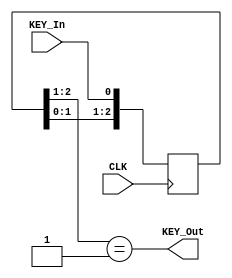
//======================================================= KeyDebounce Module ===================================
module KEY_Debounce( CLK, KEY_In, KEY_Out );//KEY_Out is posedge
	input KEY_In,CLK;
	output KEY_Out;
   reg [2:0]  buttonReg;
	 always @(posedge CLK)
		buttonReg <= {buttonReg[1:0], KEY_In};
	  assign KEY_Out = buttonReg[2:1] == 2'b01;
		  //neg_edge = button_reg[2:1] == 2'b10;
endmodule
//======================================================= SpeedModule =========================================
module SpeedRam(CLK,Speed,SpeedState,HARDMODE);
	input CLK,HARDMODE;
	output reg Speed;
	input [1:0]SpeedState;
	reg[12:0] speedCount;
	reg[11:0] hardSpeedCount;
	initial begin
		speedCount = 13'b0000000000000;
		hardSpeedCount = 12'b000000000000;
		Speed = 1'b0;
	end
	always@(posedge CLK)begin
	speedCount <= speedCount + 1'b1;
	hardSpeedCount <= hardSpeedCount + 1'b1;
		if(HARDMODE == 1'b0)begin
			if(speedCount == 13'b0000000000000&&(SpeedState == 2'b00||SpeedState == 2'b01||SpeedState==2'b10||SpeedState == 2'b11))begin
				Speed <= 1'b1;//While Speed is 1 = Trigger Time Point
			end
			else if (speedCount == 13'b1000000000000&&(SpeedState == 2'b01||SpeedState==2'b10||SpeedState == 2'b11))begin
				Speed <= 1'b1;
			end
			else if (speedCount == 13'b0100000000000&&SpeedState == 2'b11)begin
				Speed <= 1'b1;
			end
			else if (speedCount == 13'b1100000000000&&SpeedState == 2'b11)begin
				Speed <= 1'b1;
			end
			else begin
				Speed <= 1'b0;//Naturally Speed = 0
			end
		end
		else begin
			if(hardSpeedCount == 12'b000000000000&&(SpeedState == 2'b00||SpeedState == 2'b01||SpeedState==2'b10||SpeedState == 2'b11))begin
				Speed <= 1'b1;//While Speed is 1 = Trigger Time Point
			end
			else if (hardSpeedCount == 12'b100000000000&&(SpeedState == 2'b01||SpeedState==2'b10||SpeedState == 2'b11))begin
				Speed <= 1'b1;
			end
			else if (hardSpeedCount == 12'b010000000000&&SpeedState == 2'b11)begin
				Speed <= 1'b1;
			end
			else if (hardSpeedCount == 12'b110000000000&&SpeedState == 2'b11)begin
				Speed <= 1'b1;
			end
			else begin
				Speed <= 1'b0;//Naturally Speed = 0
			end
		end
	end
endmodule
//==================================================== Score Count ===================================================
module ScoreCount(CLK,SCORE,HARDMODE);//SCORE = 1 Output to count
	input CLK,HARDMODE;
	output reg SCORE;
	reg[8:0] speedCount;
	reg[7:0] hardSpeedCount;
	initial begin
		speedCount = 9'b000000000;
		hardSpeedCount = 8'b00000000;
		SCORE = 1'b0;
	end
	always@(posedge CLK)begin
	speedCount <= speedCount + 1'b1;
	hardSpeedCount <= hardSpeedCount + 1'b1;
		if(HARDMODE == 1'b0)begin
			if(speedCount == 9'b000000000)begin
				SCORE <= 1'b1;//While SCORE is 1 = Trigger Time Point
			end
			else begin
				SCORE <= 1'b0;//Naturally SCORE = 0
			end
		end
		else begin
			if(hardSpeedCount == 8'b00000000)begin
				SCORE <= 1'b1;//While SCORE is 1 = Trigger Time Point
			end
			else begin
				SCORE <= 1'b0;//Naturally SCORE = 0
			end
		end
	end
endmodule
//=============================================== Top Module ===========================================================
module DodgeGame(output reg [0:7] DATA_R, DATA_G, DATA_B,
					  output reg [3:0] COMM,
					  output reg [6:0] SegDisplay,
					  output reg [3:0] SegCOM,
					  input CLK,LEFT,RIGHT,MIDDLE,RESET,HARDMODE,  
					  output  pos_edge, neg_edge,Speed1,Speed2,Speed3,Speed4,Speed5,Speed6,Speed7,Speed8,SCORE,
					  output reg GameOver,
					  output reg [4:0] ammo
					  );

	//Top Module Initialization
	wire LEFTEDGE,MIDDLEEDGE,RIGHTEDGE,RESETEDGE;
	parameter LEFTLIMIT = 3'b000, RIGHTLIMIT = 3'b111;
	reg [2:0]Position,ObsVecPosition1,ObsVecPosition2,ObsVecPosition3,ObsVecPosition4,
				ObsVecPosition5,ObsVecPosition6,ObsVecPosition7,ObsVecPosition8;
	reg      Hit1,Hit2,Hit3,Hit4,Hit5,Hit6,Hit7,Hit8;
	reg[1:0] SpeedState1,SpeedState2,SpeedState3,SpeedState4,SpeedState5,SpeedState6,SpeedState7,SpeedState8;
	reg[3:0] Count;
	reg[3:0] ScoreDigit1,ScoreDigit2,ScoreDigit3,ScoreDigit4;
	
	initial
		begin
		DATA_R <= 8'b11111111; //0 is top, 7 is bottom
		DATA_G <= 8'b11111110;
		DATA_B <= 8'b11111111;
		
		ammo <= 5'b 11111;
		Hit1 <= 1'b0;Hit2<= 1'b0;Hit3<= 1'b0;Hit4<= 1'b0;Hit5<= 1'b0;Hit6<= 1'b0;Hit7<= 1'b0;Hit8<= 1'b0;
		GameOver <= 1'b0;
		Position <= 3'b100;
		
		ScoreDigit1 <= 4'b0000; ScoreDigit2 <= 4'b0000;
		ScoreDigit3 <= 4'b0000; ScoreDigit4 <= 4'b0000;
		
		SegDisplay <= 7'b0000001;
		SegCOM <= 4'b1110; //0 is current 7segment Displayer || Rightmost is LowerDigit
		
		ObsVecPosition1 <= 3'b000; ObsVecPosition2 <= 3'b000; ObsVecPosition3 <= 3'b000; ObsVecPosition4 <= 3'b000;
		ObsVecPosition5 <= 3'b000; ObsVecPosition6 <= 3'b000; ObsVecPosition7 <= 3'b000; ObsVecPosition8 <= 3'b000;
		
		SpeedState1 <= 2'b00;SpeedState2 <= 2'b01;SpeedState3 <= 2'b00;SpeedState4 <= 2'b10;
		SpeedState5 <= 2'b10;SpeedState6 <= 2'b01;SpeedState7 <= 2'b11;SpeedState8 <= 2'b11;
		COMM <= 4'b1011;
		end
	//27 = EN S2 S1 S0 = Code of colum instance
	//000 col 1
	//001 col 2
	//010 col 3
	//011 col 4
	//100 col 5
	//101 col 6
	//110 col 7
	//111 col 8
	//=================================================== Displaying LEDS ==============================================================
	always @(posedge CLK)
		begin
		if(RESETEDGE == 1'b0)begin
			if(GameOver == 1'b1)begin
				if(Count == 4'b0001)begin
					COMM <= 4'b1000;DATA_R <= 8'b01111110;DATA_G <= 8'b11111111;DATA_B <= 8'b11111111;
					case({ScoreDigit1} ) //AfterGame Score Display Digit 1
					4'b0000:begin SegCOM <= 4'b1110;SegDisplay <= 7'b0000001; end
					4'b0001:begin SegCOM <= 4'b1110;SegDisplay <= 7'b1001111; end
					4'b0010:begin SegCOM <= 4'b1110;SegDisplay <= 7'b0010010; end
					4'b0011:begin SegCOM <= 4'b1110;SegDisplay <= 7'b0000110; end
					4'b0100:begin SegCOM <= 4'b1110;SegDisplay <= 7'b1001100; end
					4'b0101:begin SegCOM <= 4'b1110;SegDisplay <= 7'b0100100; end
					4'b0110:begin SegCOM <= 4'b1110;SegDisplay <= 7'b0100000; end
					4'b0111:begin SegCOM <= 4'b1110;SegDisplay <= 7'b0001111; end
					4'b1000:begin SegCOM <= 4'b1110;SegDisplay <= 7'b0000000; end
					4'b1001:begin SegCOM <= 4'b1110;SegDisplay <= 7'b0000100; end
					default:begin SegCOM <= 4'b1110;SegDisplay <= 7'b0000001; end
					endcase
				end
				else if(Count == 4'b0010)begin
					COMM <= 4'b1001;DATA_R <= 8'b10111101;DATA_G <= 8'b11111111;DATA_B <= 8'b11111111;
					case({ScoreDigit2} ) //AfterGame Score Display Digit 2
					4'b0000:begin SegCOM <= 4'b1101;SegDisplay <= 7'b0000001; end
					4'b0001:begin SegCOM <= 4'b1101;SegDisplay <= 7'b1001111; end
					4'b0010:begin SegCOM <= 4'b1101;SegDisplay <= 7'b0010010; end
					4'b0011:begin SegCOM <= 4'b1101;SegDisplay <= 7'b0000110; end
					4'b0100:begin SegCOM <= 4'b1101;SegDisplay <= 7'b1001100; end
					4'b0101:begin SegCOM <= 4'b1101;SegDisplay <= 7'b0100100; end
					4'b0110:begin SegCOM <= 4'b1101;SegDisplay <= 7'b0100000; end
					4'b0111:begin SegCOM <= 4'b1101;SegDisplay <= 7'b0001111; end
					4'b1000:begin SegCOM <= 4'b1101;SegDisplay <= 7'b0000000; end
					4'b1001:begin SegCOM <= 4'b1101;SegDisplay <= 7'b0000100; end
					default:begin SegCOM <= 4'b1101;SegDisplay <= 7'b0000001; end
					endcase
				end
				else if(Count == 4'b0011)begin
					COMM <= 4'b1010;DATA_R <= 8'b11011011;DATA_G <= 8'b11111111;DATA_B <= 8'b11111111;
					case({ScoreDigit3} ) //AfterGame Score Display Digit 3
					4'b0000:begin SegCOM <= 4'b1011;SegDisplay <= 7'b0000001; end
					4'b0001:begin SegCOM <= 4'b1011;SegDisplay <= 7'b1001111; end
					4'b0010:begin SegCOM <= 4'b1011;SegDisplay <= 7'b0010010; end
					4'b0011:begin SegCOM <= 4'b1011;SegDisplay <= 7'b0000110; end
					4'b0100:begin SegCOM <= 4'b1011;SegDisplay <= 7'b1001100; end
					4'b0101:begin SegCOM <= 4'b1011;SegDisplay <= 7'b0100100; end
					4'b0110:begin SegCOM <= 4'b1011;SegDisplay <= 7'b0100000; end
					4'b0111:begin SegCOM <= 4'b1011;SegDisplay <= 7'b0001111; end
					4'b1000:begin SegCOM <= 4'b1011;SegDisplay <= 7'b0000000; end
					4'b1001:begin SegCOM <= 4'b1011;SegDisplay <= 7'b0000100; end
					default:begin SegCOM <= 4'b1011;SegDisplay <= 7'b0000001; end
					endcase
				end
				else if(Count == 4'b0100)begin
					COMM <= 4'b1011;DATA_R <= 8'b11100111;DATA_G <= 8'b11111111;DATA_B <= 8'b11111111;
					case({ScoreDigit4} ) //AfterGame Score Display Digit 4
					4'b0000:begin SegCOM <= 4'b0111;SegDisplay <= 7'b0000001; end
					4'b0001:begin SegCOM <= 4'b0111;SegDisplay <= 7'b1001111; end
					4'b0010:begin SegCOM <= 4'b0111;SegDisplay <= 7'b0010010; end
					4'b0011:begin SegCOM <= 4'b0111;SegDisplay <= 7'b0000110; end
					4'b0100:begin SegCOM <= 4'b0111;SegDisplay <= 7'b1001100; end
					4'b0101:begin SegCOM <= 4'b0111;SegDisplay <= 7'b0100100; end
					4'b0110:begin SegCOM <= 4'b0111;SegDisplay <= 7'b0100000; end
					4'b0111:begin SegCOM <= 4'b0111;SegDisplay <= 7'b0001111; end
					4'b1000:begin SegCOM <= 4'b0111;SegDisplay <= 7'b0000000; end
					4'b1001:begin SegCOM <= 4'b0111;SegDisplay <= 7'b0000100; end
					default:begin SegCOM <= 4'b0111;SegDisplay <= 7'b0000001; end
					endcase
				end
				else if(Count == 4'b0101)begin
					COMM <= 4'b1100;DATA_R <= 8'b11100111;DATA_G <= 8'b11111111;DATA_B <= 8'b11111111;
				end
				else if(Count == 4'b0110)begin
					COMM <= 4'b1101;DATA_R <= 8'b11011011;DATA_G <= 8'b11111111;DATA_B <= 8'b11111111;
				end
				else if(Count == 4'b0111)begin
					COMM <= 4'b1110;DATA_R <= 8'b01011101;DATA_G <= 8'b11111111;DATA_B <= 8'b11111111;
				end
				else if(Count == 4'b1000)begin
					COMM <= 4'b1111;DATA_R <= 8'b01111110;DATA_G <= 8'b11111111;DATA_B <= 8'b11111111;
				end
			end
			else if(Count == 4'b0001)begin
				case({Position} ) //Player Position && ScoreDigit1
					3'b000:begin COMM <= 4'b1000;DATA_G <= 8'b11111111;DATA_R <= 8'b11111110; end
					3'b001:begin COMM <= 4'b1001;DATA_G <= 8'b11111111;DATA_R <= 8'b11111110; end
					3'b010:begin COMM <= 4'b1010;DATA_G <= 8'b11111111;DATA_R <= 8'b11111110; end
					3'b011:begin COMM <= 4'b1011;DATA_G <= 8'b11111111;DATA_R <= 8'b11111110; end
					3'b100:begin COMM <= 4'b1100;DATA_G <= 8'b11111111;DATA_R <= 8'b11111110; end
					3'b101:begin COMM <= 4'b1101;DATA_G <= 8'b11111111;DATA_R <= 8'b11111110; end
					3'b110:begin COMM <= 4'b1110;DATA_G <= 8'b11111111;DATA_R <= 8'b11111110; end
					3'b111:begin COMM <= 4'b1111;DATA_G <= 8'b11111111;DATA_R <= 8'b11111110; end
					default:COMM = COMM;
				endcase
				case({ScoreDigit1} )
					4'b0000:begin SegCOM <= 4'b1110;SegDisplay <= 7'b0000001; end
					4'b0001:begin SegCOM <= 4'b1110;SegDisplay <= 7'b1001111; end
					4'b0010:begin SegCOM <= 4'b1110;SegDisplay <= 7'b0010010; end
					4'b0011:begin SegCOM <= 4'b1110;SegDisplay <= 7'b0000110; end
					4'b0100:begin SegCOM <= 4'b1110;SegDisplay <= 7'b1001100; end
					4'b0101:begin SegCOM <= 4'b1110;SegDisplay <= 7'b0100100; end
					4'b0110:begin SegCOM <= 4'b1110;SegDisplay <= 7'b0100000; end
					4'b0111:begin SegCOM <= 4'b1110;SegDisplay <= 7'b0001111; end
					4'b1000:begin SegCOM <= 4'b1110;SegDisplay <= 7'b0000000; end
					4'b1001:begin SegCOM <= 4'b1110;SegDisplay <= 7'b0000100; end
					default:SegCOM = SegCOM;
				endcase
			end
			else if(Count == 4'b0010)begin
				case({ObsVecPosition1} ) //RedDot 1 position && ScoreDigit2
					3'b000:begin COMM <= 4'b1000;DATA_R <= 8'b11111111;DATA_G <= 8'b01111111; end
					3'b001:begin COMM <= 4'b1000;DATA_R <= 8'b11111111;DATA_G <= 8'b10111111; end
					3'b010:begin COMM <= 4'b1000;DATA_R <= 8'b11111111;DATA_G <= 8'b11011111; end
					3'b011:begin COMM <= 4'b1000;DATA_R <= 8'b11111111;DATA_G <= 8'b11101111; end
					3'b100:begin COMM <= 4'b1000;DATA_R <= 8'b11111111;DATA_G <= 8'b11110111; end
					3'b101:begin COMM <= 4'b1000;DATA_R <= 8'b11111111;DATA_G <= 8'b11111011; end
					3'b110:begin COMM <= 4'b1000;DATA_R <= 8'b11111111;DATA_G <= 8'b11111101; end
					3'b111:begin COMM <= 4'b1000;DATA_R <= 8'b11111111;DATA_G <= 8'b11111110; end
					default:COMM = COMM;
				endcase
				case({ScoreDigit2} )
					4'b0000:begin SegCOM <= 4'b1101;SegDisplay <= 7'b0000001; end
					4'b0001:begin SegCOM <= 4'b1101;SegDisplay <= 7'b1001111; end
					4'b0010:begin SegCOM <= 4'b1101;SegDisplay <= 7'b0010010; end
					4'b0011:begin SegCOM <= 4'b1101;SegDisplay <= 7'b0000110; end
					4'b0100:begin SegCOM <= 4'b1101;SegDisplay <= 7'b1001100; end
					4'b0101:begin SegCOM <= 4'b1101;SegDisplay <= 7'b0100100; end
					4'b0110:begin SegCOM <= 4'b1101;SegDisplay <= 7'b0100000; end
					4'b0111:begin SegCOM <= 4'b1101;SegDisplay <= 7'b0001111; end
					4'b1000:begin SegCOM <= 4'b1101;SegDisplay <= 7'b0000000; end
					4'b1001:begin SegCOM <= 4'b1101;SegDisplay <= 7'b0000100; end
					default:SegCOM = SegCOM;
				endcase
			end
			else if(Count == 4'b0011)begin
				case({ObsVecPosition2} ) //RedDot 2 position && ScoreDigit3
					3'b000:begin COMM <= 4'b1001;DATA_R <= 8'b11111111;DATA_G <= 8'b01111111; end
					3'b001:begin COMM <= 4'b1001;DATA_R <= 8'b11111111;DATA_G <= 8'b10111111; end
					3'b010:begin COMM <= 4'b1001;DATA_R <= 8'b11111111;DATA_G <= 8'b11011111; end
					3'b011:begin COMM <= 4'b1001;DATA_R <= 8'b11111111;DATA_G <= 8'b11101111; end
					3'b100:begin COMM <= 4'b1001;DATA_R <= 8'b11111111;DATA_G <= 8'b11110111; end
					3'b101:begin COMM <= 4'b1001;DATA_R <= 8'b11111111;DATA_G <= 8'b11111011; end
					3'b110:begin COMM <= 4'b1001;DATA_R <= 8'b11111111;DATA_G <= 8'b11111101; end
					3'b111:begin COMM <= 4'b1001;DATA_R <= 8'b11111111;DATA_G <= 8'b11111110; end
					default:COMM = COMM;
				endcase
				case({ScoreDigit3} )
					4'b0000:begin SegCOM <= 4'b1011;SegDisplay <= 7'b0000001; end
					4'b0001:begin SegCOM <= 4'b1011;SegDisplay <= 7'b1001111; end
					4'b0010:begin SegCOM <= 4'b1011;SegDisplay <= 7'b0010010; end
					4'b0011:begin SegCOM <= 4'b1011;SegDisplay <= 7'b0000110; end
					4'b0100:begin SegCOM <= 4'b1011;SegDisplay <= 7'b1001100; end
					4'b0101:begin SegCOM <= 4'b1011;SegDisplay <= 7'b0100100; end
					4'b0110:begin SegCOM <= 4'b1011;SegDisplay <= 7'b0100000; end
					4'b0111:begin SegCOM <= 4'b1011;SegDisplay <= 7'b0001111; end
					4'b1000:begin SegCOM <= 4'b1011;SegDisplay <= 7'b0000000; end
					4'b1001:begin SegCOM <= 4'b1011;SegDisplay <= 7'b0000100; end
					default:SegCOM = SegCOM;
				endcase
			end
			else if(Count == 4'b0100)begin
				case({ObsVecPosition3} ) //RedDot 3 position && ScoreDigit4
					3'b000:begin COMM <= 4'b1010;DATA_R <= 8'b11111111;DATA_G <= 8'b01111111; end
					3'b001:begin COMM <= 4'b1010;DATA_R <= 8'b11111111;DATA_G <= 8'b10111111; end
					3'b010:begin COMM <= 4'b1010;DATA_R <= 8'b11111111;DATA_G <= 8'b11011111; end
					3'b011:begin COMM <= 4'b1010;DATA_R <= 8'b11111111;DATA_G <= 8'b11101111; end
					3'b100:begin COMM <= 4'b1010;DATA_R <= 8'b11111111;DATA_G <= 8'b11110111; end
					3'b101:begin COMM <= 4'b1010;DATA_R <= 8'b11111111;DATA_G <= 8'b11111011; end
					3'b110:begin COMM <= 4'b1010;DATA_R <= 8'b11111111;DATA_G <= 8'b11111101; end
					3'b111:begin COMM <= 4'b1010;DATA_R <= 8'b11111111;DATA_G <= 8'b11111110; end
					default:COMM = COMM;
				endcase
				case({ScoreDigit4} )
					4'b0000:begin SegCOM <= 4'b0111;SegDisplay <= 7'b0000001; end
					4'b0001:begin SegCOM <= 4'b0111;SegDisplay <= 7'b1001111; end
					4'b0010:begin SegCOM <= 4'b0111;SegDisplay <= 7'b0010010; end
					4'b0011:begin SegCOM <= 4'b0111;SegDisplay <= 7'b0000110; end
					4'b0100:begin SegCOM <= 4'b0111;SegDisplay <= 7'b1001100; end
					4'b0101:begin SegCOM <= 4'b0111;SegDisplay <= 7'b0100100; end
					4'b0110:begin SegCOM <= 4'b0111;SegDisplay <= 7'b0100000; end
					4'b0111:begin SegCOM <= 4'b0111;SegDisplay <= 7'b0001111; end
					4'b1000:begin SegCOM <= 4'b0111;SegDisplay <= 7'b0000000; end
					4'b1001:begin SegCOM <= 4'b0111;SegDisplay <= 7'b0000100; end
					default:SegCOM = SegCOM;
				endcase
			end
			else if(Count == 4'b0101)begin
				case({ObsVecPosition4} ) //RedDot 4 position
					3'b000:begin COMM <= 4'b1011;DATA_R <= 8'b11111111;DATA_G <= 8'b01111111; end
					3'b001:begin COMM <= 4'b1011;DATA_R <= 8'b11111111;DATA_G <= 8'b10111111; end
					3'b010:begin COMM <= 4'b1011;DATA_R <= 8'b11111111;DATA_G <= 8'b11011111; end
					3'b011:begin COMM <= 4'b1011;DATA_R <= 8'b11111111;DATA_G <= 8'b11101111; end
					3'b100:begin COMM <= 4'b1011;DATA_R <= 8'b11111111;DATA_G <= 8'b11110111; end
					3'b101:begin COMM <= 4'b1011;DATA_R <= 8'b11111111;DATA_G <= 8'b11111011; end
					3'b110:begin COMM <= 4'b1011;DATA_R <= 8'b11111111;DATA_G <= 8'b11111101; end
					3'b111:begin COMM <= 4'b1011;DATA_R <= 8'b11111111;DATA_G <= 8'b11111110; end
					default:COMM = COMM;
				endcase
			end
			else if(Count == 4'b0110)begin
				case({ObsVecPosition5} ) //RedDot 5 position
					3'b000:begin COMM <= 4'b1100;DATA_R <= 8'b11111111;DATA_G <= 8'b01111111; end
					3'b001:begin COMM <= 4'b1100;DATA_R <= 8'b11111111;DATA_G <= 8'b10111111; end
					3'b010:begin COMM <= 4'b1100;DATA_R <= 8'b11111111;DATA_G <= 8'b11011111; end
					3'b011:begin COMM <= 4'b1100;DATA_R <= 8'b11111111;DATA_G <= 8'b11101111; end
					3'b100:begin COMM <= 4'b1100;DATA_R <= 8'b11111111;DATA_G <= 8'b11110111; end
					3'b101:begin COMM <= 4'b1100;DATA_R <= 8'b11111111;DATA_G <= 8'b11111011; end
					3'b110:begin COMM <= 4'b1100;DATA_R <= 8'b11111111;DATA_G <= 8'b11111101; end
					3'b111:begin COMM <= 4'b1100;DATA_R <= 8'b11111111;DATA_G <= 8'b11111110; end
					default:COMM = COMM;
				endcase
			end
			else if(Count == 4'b0111)begin
				case({ObsVecPosition6} ) //RedDot 6 position
					3'b000:begin COMM <= 4'b1101;DATA_R <= 8'b11111111;DATA_G <= 8'b01111111; end
					3'b001:begin COMM <= 4'b1101;DATA_R <= 8'b11111111;DATA_G <= 8'b10111111; end
					3'b010:begin COMM <= 4'b1101;DATA_R <= 8'b11111111;DATA_G <= 8'b11011111; end
					3'b011:begin COMM <= 4'b1101;DATA_R <= 8'b11111111;DATA_G <= 8'b11101111; end
					3'b100:begin COMM <= 4'b1101;DATA_R <= 8'b11111111;DATA_G <= 8'b11110111; end
					3'b101:begin COMM <= 4'b1101;DATA_R <= 8'b11111111;DATA_G <= 8'b11111011; end
					3'b110:begin COMM <= 4'b1101;DATA_R <= 8'b11111111;DATA_G <= 8'b11111101; end
					3'b111:begin COMM <= 4'b1101;DATA_R <= 8'b11111111;DATA_G <= 8'b11111110; end
					default:COMM = COMM;
				endcase
			end
			else if(Count == 4'b1000)begin
				case({ObsVecPosition7} ) //RedDot 7 position
					3'b000:begin COMM <= 4'b1110;DATA_R <= 8'b11111111;DATA_G <= 8'b01111111; end
					3'b001:begin COMM <= 4'b1110;DATA_R <= 8'b11111111;DATA_G <= 8'b10111111; end
					3'b010:begin COMM <= 4'b1110;DATA_R <= 8'b11111111;DATA_G <= 8'b11011111; end
					3'b011:begin COMM <= 4'b1110;DATA_R <= 8'b11111111;DATA_G <= 8'b11101111; end
					3'b100:begin COMM <= 4'b1110;DATA_R <= 8'b11111111;DATA_G <= 8'b11110111; end
					3'b101:begin COMM <= 4'b1110;DATA_R <= 8'b11111111;DATA_G <= 8'b11111011; end
					3'b110:begin COMM <= 4'b1110;DATA_R <= 8'b11111111;DATA_G <= 8'b11111101; end
					3'b111:begin COMM <= 4'b1110;DATA_R <= 8'b11111111;DATA_G <= 8'b11111110; end
					default:COMM = COMM;
				endcase
			end
			else if(Count == 4'b1001)begin
				case({ObsVecPosition8} ) //RedDot 8 position
					3'b000:begin COMM <= 4'b1111;DATA_R <= 8'b11111111;DATA_G <= 8'b01111111; end
					3'b001:begin COMM <= 4'b1111;DATA_R <= 8'b11111111;DATA_G <= 8'b10111111; end
					3'b010:begin COMM <= 4'b1111;DATA_R <= 8'b11111111;DATA_G <= 8'b11011111; end
					3'b011:begin COMM <= 4'b1111;DATA_R <= 8'b11111111;DATA_G <= 8'b11101111; end
					3'b100:begin COMM <= 4'b1111;DATA_R <= 8'b11111111;DATA_G <= 8'b11110111; end
					3'b101:begin COMM <= 4'b1111;DATA_R <= 8'b11111111;DATA_G <= 8'b11111011; end
					3'b110:begin COMM <= 4'b1111;DATA_R <= 8'b11111111;DATA_G <= 8'b11111101; end
					3'b111:begin COMM <= 4'b1111;DATA_R <= 8'b11111111;DATA_G <= 8'b11111110; end
					default:COMM = COMM;
				endcase
			end
		end
		else begin
			DATA_R <= 8'b11111111; //0 is top, 7 is bottom
			DATA_G <= 8'b11111110;
			DATA_B <= 8'b11111111;
		
			SegDisplay <= 7'b0000001;
			SegCOM <= 4'b1110; //0 is current 7segment Displayer || Rightmost is LowerDigit
			COMM <= 4'b1011;
		end
		end
//======================================Create a frequcy to Display======================================
		always @(posedge CLK)begin
			if(Count == 4'b1111)begin  //Sequcially display player,obstacle...
				Count <= 4'b0000;
			end
			else begin
				Count <= Count + 1'b1;
			end
		end
//========================================== Calling Modules =================================================
	KEY_Debounce DebLeft(.CLK(CLK),.KEY_In(LEFT),.KEY_Out(LEFTEDGE));
	KEY_Debounce DebRight(.CLK(CLK),.KEY_In(RIGHT),.KEY_Out(RIGHTEDGE));
	KEY_Debounce DebMiddle(.CLK(CLK),.KEY_In(MIDDLE),.KEY_Out(MIDDLEEDGE));	
	KEY_Debounce DebReset(.CLK(CLK),.KEY_In(RESET),.KEY_Out(RESETEDGE));	
	SpeedRam SpeedRam1(.CLK(CLK),.Speed(Speed1),.SpeedState(SpeedState1),.HARDMODE(HARDMODE));
	SpeedRam SpeedRam2(.CLK(CLK),.Speed(Speed2),.SpeedState(SpeedState2),.HARDMODE(HARDMODE));
	SpeedRam SpeedRam3(.CLK(CLK),.Speed(Speed3),.SpeedState(SpeedState3),.HARDMODE(HARDMODE));
	SpeedRam SpeedRam4(.CLK(CLK),.Speed(Speed4),.SpeedState(SpeedState4),.HARDMODE(HARDMODE));
	SpeedRam SpeedRam5(.CLK(CLK),.Speed(Speed5),.SpeedState(SpeedState5),.HARDMODE(HARDMODE));
	SpeedRam SpeedRam6(.CLK(CLK),.Speed(Speed6),.SpeedState(SpeedState6),.HARDMODE(HARDMODE));
	SpeedRam SpeedRam7(.CLK(CLK),.Speed(Speed7),.SpeedState(SpeedState7),.HARDMODE(HARDMODE));
	SpeedRam SpeedRam8(.CLK(CLK),.Speed(Speed8),.SpeedState(SpeedState8),.HARDMODE(HARDMODE));
	ScoreCount ScoreCountMod(.CLK(CLK),.HARDMODE(HARDMODE),.SCORE(SCORE));

//============================================Obstacle Movement=====================================================================
	always @(posedge CLK) begin
	if(RESETEDGE == 1'b0)begin
	//============================================== ScoreCounting ========================================================
		if(GameOver == 1'b0)begin
		if(SCORE == 1'b1 && HARDMODE == 1'b0)begin
			if(ScoreDigit1 != 4'b 1001)begin
				ScoreDigit1 <= ScoreDigit1 + 1'b1; //Adding Score 1
			end
			else begin
				ScoreDigit1 <= 4'b0000;
				if(ScoreDigit2 != 4'b 1001)begin
					ScoreDigit2 <= ScoreDigit2 + 1'b1;
				end
				else begin
					ScoreDigit2<= 4'b0000;
					if(ScoreDigit3 != 4'b 1001)begin
						ScoreDigit3 <= ScoreDigit3 + 1'b1;
					end
					else begin
						ScoreDigit3<= 4'b0000;
						if(ScoreDigit4 != 4'b 1001)begin
							ScoreDigit4 <= ScoreDigit4 + 1'b1;
						end
						else begin
							GameOver <= 1'b1;
						end
					end
				end
			end
	end
		else if(SCORE == 1'b1 && HARDMODE == 1'b1)begin
		ScoreDigit1 <= ScoreDigit1 + 2'b11; //Adding Score 3
			if(ScoreDigit1 == 4'b1010)begin
				ScoreDigit1 <= 4'b0000;
				if(ScoreDigit2 != 4'b 1001)begin
					ScoreDigit2 <= ScoreDigit2 + 1'b1;
				end
				else begin
					ScoreDigit2<= 4'b0000;
					if(ScoreDigit3 != 4'b 1001)begin
						ScoreDigit3 <= ScoreDigit3 + 1'b1;
					end
					else begin
						ScoreDigit3<= 4'b0000;
						if(ScoreDigit4 != 4'b 1001)begin
							ScoreDigit4 <= ScoreDigit4 + 1'b1;
						end
						else begin
							GameOver <= 1'b1;
						end
					end
				end
			end
			else if(ScoreDigit1 == 4'b1011)begin
				ScoreDigit1 <= 4'b0001;
				if(ScoreDigit2 != 4'b 1001)begin
					ScoreDigit2 <= ScoreDigit2 + 1'b1;
				end
				else begin
					ScoreDigit2<= 4'b0000;
					if(ScoreDigit3 != 4'b 1001)begin
						ScoreDigit3 <= ScoreDigit3 + 1'b1;
					end
					else begin
						ScoreDigit3<= 4'b0000;
						if(ScoreDigit4 != 4'b 1001)begin
							ScoreDigit4 <= ScoreDigit4 + 1'b1;
						end
						else begin
							GameOver <= 1'b1;
						end
					end
				end		
			end
			else if(ScoreDigit1 == 4'b1100)begin
				ScoreDigit1 <= 4'b0010;
				if(ScoreDigit2 != 4'b 1001)begin
					ScoreDigit2 <= ScoreDigit2 + 1'b1;
				end
				else begin
					ScoreDigit2<= 4'b0000;
					if(ScoreDigit3 != 4'b 1001)begin
						ScoreDigit3 <= ScoreDigit3 + 1'b1;
					end
					else begin
						ScoreDigit3<= 4'b0000;
						if(ScoreDigit4 != 4'b 1001)begin
							ScoreDigit4 <= ScoreDigit4 + 1'b1;
						end
						else begin
							GameOver <= 1'b1;
						end
					end
				end		
			end
		end
	end

	//============================================== Moving Part ========================================================	
		if(Speed1 == 1'b1 )begin
		if(Hit1 == 1'b1)begin
			ObsVecPosition1 <= 3'b000;
			Hit1 <= 1'b0;
		end
		else if((ObsVecPosition1 == 3'b110||ObsVecPosition1 == 3'b111)&&Position==3'b000)begin
			GameOver <= 1'b1;
		end
		else if(ObsVecPosition1 == 3'b110&&Position!=3'b000)begin
			ObsVecPosition1 <= ObsVecPosition1 + 1'b1;
			SpeedState1 <= SpeedState1 + 2'b11; // 1,4,2,2
		end
		else begin
			ObsVecPosition1 <= ObsVecPosition1 + 1'b1;
		end
	end
		if(Hit2 == 1'b1)begin
			ObsVecPosition2 <= 3'b000;
			Hit2 <= 1'b0;
		end
		else if(Speed2 == 1'b1 )begin
			if((ObsVecPosition2 == 3'b110||ObsVecPosition2 == 3'b111)&&Position==3'b001)begin
				GameOver <= 1'b1;
			end
			else if(ObsVecPosition1 == 3'b110&&Position!=3'b001)begin
				ObsVecPosition2 <= ObsVecPosition2 + 1'b1;
				SpeedState2 <= SpeedState2 + 2'b01; // 2,2,4,1
			end
			else begin
				ObsVecPosition2 <= ObsVecPosition2 + 1'b1;
			end
		end
		if(Hit3 == 1'b1)begin
			ObsVecPosition3 <= 3'b000;
			Hit3 <= 1'b0;
		end
		else if(Speed3 == 1'b1 )begin
			if((ObsVecPosition3 == 3'b110||ObsVecPosition3 == 3'b111)&&Position==3'b010)begin
				GameOver <= 1'b1;
			end
			else if(ObsVecPosition3 == 3'b110&&Position!=3'b010)begin
				ObsVecPosition3 <= ObsVecPosition3 + 1'b1;
				if(SpeedState3==2'b00)begin
					SpeedState3 <= 2'b01; //1,2,4,2
				end
				else if(SpeedState3==2'b01)begin
					SpeedState3 <= 2'b11; //1,2,4,2
				end
				else if(SpeedState3==2'b11)begin
					SpeedState3 <= 2'b10; //1,2,4,2
				end
				else begin
					SpeedState3 <= 2'b00; //1,2,4,2
				end
			end
			else begin
				ObsVecPosition3 <= ObsVecPosition3 + 1'b1;
			end
		end
		if(Hit4 == 1'b1)begin
			ObsVecPosition4 <= 3'b000;
			Hit4 <= 1'b0;
		end
		else if(Speed4 == 1'b1 )begin
			if((ObsVecPosition4 == 3'b110||ObsVecPosition4 == 3'b111)&&Position==3'b011)begin
				GameOver <= 1'b1;
			end
			else if(ObsVecPosition4 == 3'b110&&Position!=3'b011)begin
				ObsVecPosition4 <= ObsVecPosition4 + 1'b1;
				SpeedState4 <= SpeedState4 + 2'b11; // 2,2,1,4
			end
			else begin
				ObsVecPosition4 <= ObsVecPosition4 + 1'b1;
			end
		end
		//====================================================Obs Above:1,2,3,4 Beneathe 5,6,7,8 
		if(Hit5 == 1'b1)begin
			ObsVecPosition5 <= 3'b000;
			Hit5 <= 1'b0;
		end
		else if(Speed5 == 1'b1 )begin
			if((ObsVecPosition5 == 3'b110||ObsVecPosition5 == 3'b111)&&Position==3'b100)begin
				GameOver <= 1'b1;
			end
			else if(ObsVecPosition5 == 3'b110&&Position!=3'b100)begin
				ObsVecPosition5 <= ObsVecPosition5 + 1'b1;
				SpeedState5 <= SpeedState5 + 2'b01; // 2,4,1,2
			end
			else begin
				ObsVecPosition5 <= ObsVecPosition5 + 1'b1;
			end
		end
		if(Hit6 == 1'b1)begin
			ObsVecPosition6 <= 3'b000;
			Hit6 <= 1'b0;
		end
		else if(Speed6 == 1'b1 )begin
			if((ObsVecPosition6 == 3'b110||ObsVecPosition6 == 3'b111)&&Position==3'b101)begin
				GameOver <= 1'b1;
			end
			else if(ObsVecPosition6 == 3'b110&&Position!=3'b101)begin
				ObsVecPosition6 <= ObsVecPosition6 + 1'b1;
				SpeedState6 <= SpeedState6 + 2'b11; // 2,1,4,2
			end
			else begin
				ObsVecPosition6 <= ObsVecPosition6 + 1'b1;
			end
		end
		if(Hit7 == 1'b1)begin
			ObsVecPosition7 <= 3'b000;
			Hit7 <= 1'b0;
		end
		else if(Speed7 == 1'b1 )begin
			if((ObsVecPosition7 == 3'b110||ObsVecPosition7 == 3'b111)&&Position==3'b110)begin
				GameOver <= 1'b1;
			end
			else if(ObsVecPosition7 == 3'b110&&Position!=3'b110)begin
				ObsVecPosition7 <= ObsVecPosition7 + 1'b1;
				if(SpeedState7==2'b11)begin
					SpeedState7 <= 2'b01; //4,2,1,2
				end
				else if(SpeedState7==2'b01)begin
					SpeedState7 <= 2'b00; //4,2,1,2
				end
				else if(SpeedState7==2'b00)begin
					SpeedState7 <= 2'b10; //4,2,1,2
				end
				else begin
					SpeedState7 <= 2'b11; //4,2,1,2
				end
			end
			else begin
				ObsVecPosition7 <= ObsVecPosition7 + 1'b1;
			end
		end
		if(Hit8 == 1'b1)begin
			ObsVecPosition8 <= 3'b000;
			Hit8 <= 1'b0;
		end
		else if(Speed8 == 1'b1 )begin
		
			if((ObsVecPosition8 == 3'b110||ObsVecPosition8 == 3'b111)&&Position==3'b111)begin
				GameOver <= 1'b1;
			end
			else if(ObsVecPosition8 == 3'b110&&Position!=3'b111)begin
				ObsVecPosition8 <= ObsVecPosition8 + 1'b1;
				SpeedState8 <= SpeedState8 + 2'b01; // 2,2,1,4
			end
			else begin
				ObsVecPosition8 <= ObsVecPosition8 + 1'b1;
			end
		end
	end
	
	else begin
			GameOver <= 1'b0;
			ScoreDigit1 <= 4'b0000; ScoreDigit2 <= 4'b0000;
			ScoreDigit3 <= 4'b0000; ScoreDigit4 <= 4'b0000;
			ammo <= 5'b11110;
			
			ObsVecPosition1 <= 3'b000; ObsVecPosition2 <= 3'b000; ObsVecPosition3 <= 3'b000; ObsVecPosition4 <= 3'b000;
			ObsVecPosition5 <= 3'b000; ObsVecPosition6 <= 3'b000; ObsVecPosition7 <= 3'b000; ObsVecPosition8 <= 3'b000;
			
			SpeedState1 <= SpeedState2;SpeedState2 <= SpeedState3;SpeedState3 <= SpeedState4;SpeedState4 <= SpeedState5;
			SpeedState5 <= SpeedState6;SpeedState6 <= SpeedState7;SpeedState7 <= SpeedState8;SpeedState8 <= 2'b00;	
	end
	//=========================================== Middle Button Reaction ================================================
		if(MIDDLEEDGE == 1'b1 && ammo != 5'b00000)begin
			ammo <= {ammo[3:0], 1'b0};
			case({Position})
				3'b000: Hit1 <= 1'b1;
				3'b001: Hit2 <= 1'b1;
				3'b010: Hit3 <= 1'b1;
				3'b011: Hit4 <= 1'b1;
				3'b100: Hit5 <= 1'b1;
				3'b101: Hit6 <= 1'b1;
				3'b110: Hit7 <= 1'b1;
				3'b111: Hit8 <= 1'b1;
				default:;
			endcase
		end
	end//always' end
	//========================================== Button Reaction Beneathe ===============================================
	//========================================== Handling Player Position =============================================== 
	always @(posedge CLK)begin
			case({LEFTEDGE,RIGHTEDGE})
				2'b10:begin
					if(Position > LEFTLIMIT)begin
						Position <= Position - 1'b1;
					end
					end
				2'b01:begin
					if(Position < RIGHTLIMIT)begin
						Position <= Position + 1'b1;
					end
				end
				default:;
			endcase
			if(RESETEDGE == 1'b1)begin
				Position <= 3'b100;
			end
	end
	
endmodule